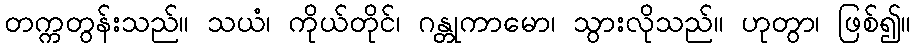
တက္ကတွန်းသည်။ သယံ၊ ကိုယ်တိုင်၊ ဂန္တုကာမော၊ သွားလိုသည်။ ဟုတွာ၊ ဖြစ်၍။